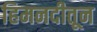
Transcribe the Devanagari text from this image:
हिमनदीतून